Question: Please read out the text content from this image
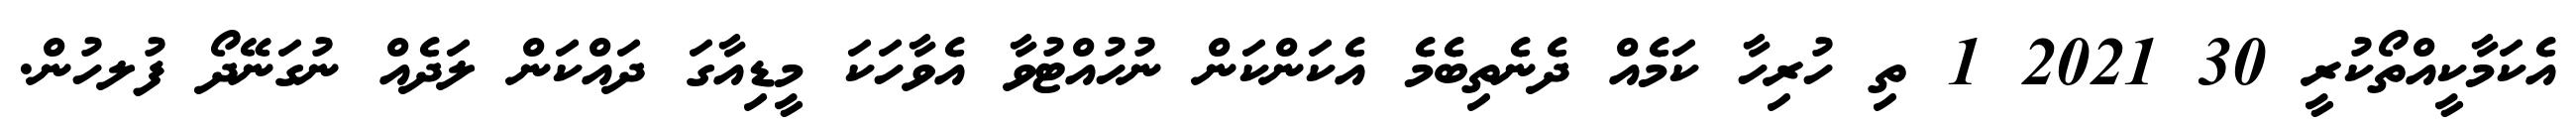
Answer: އެކަމާކީއްތޯކުރީ 30 2021 1 ތި ހުރިހާ ކަމެއް ދެނެތިބެމެ އެކަންކަން ނުހުއްޓުވާ އެވާހަކަ މީޑިއާގަ ދައްކަން ލަދެއް ނުގަނޭދޯ ފުލހުން.